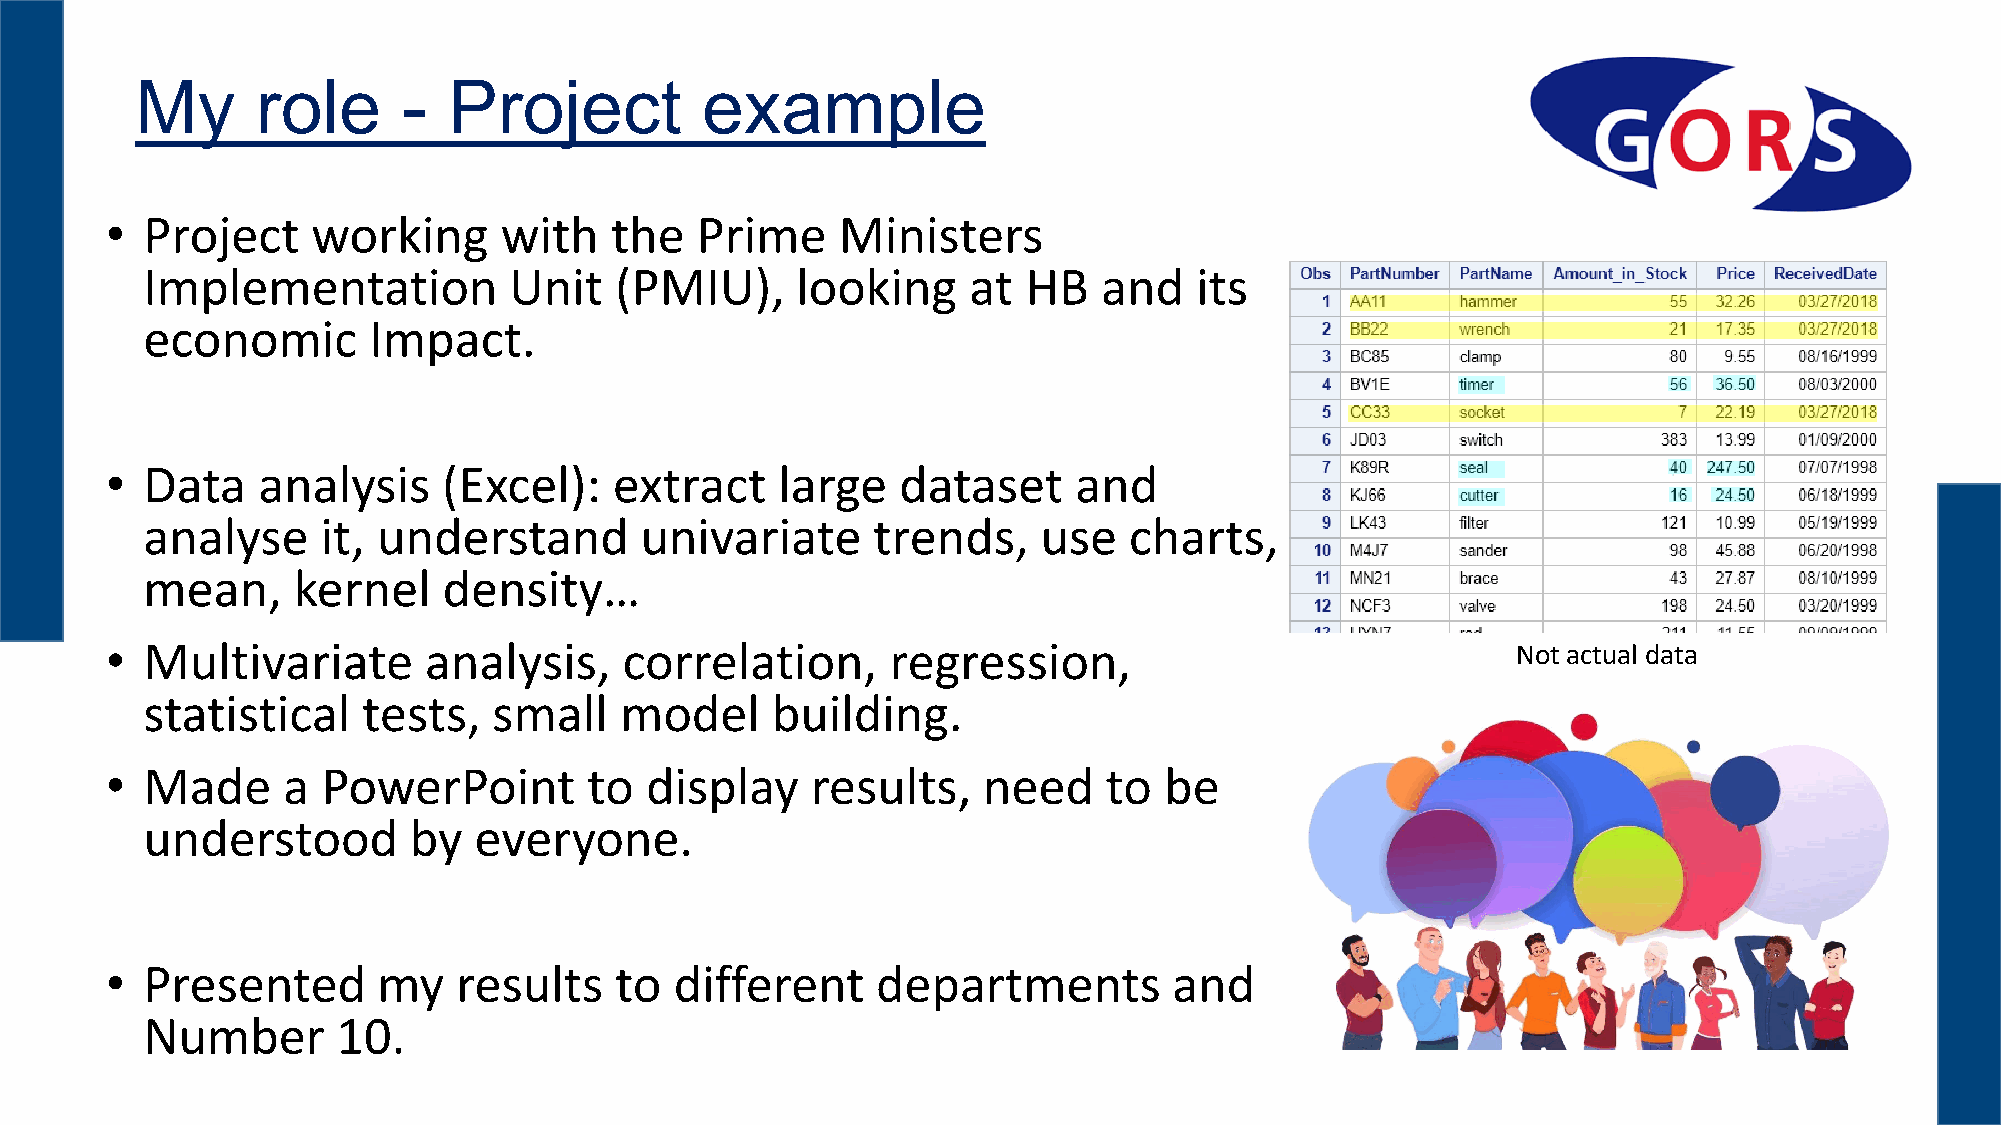
My      role      -  Project         example
 • Project     working     with   the   Prime    Ministers
 Implementation           Unit   (PMIU),     looking    at  HB   and   its
 economic       Impact.
 • Data    analysis    (Excel):    extract    large   dataset    and
 analyse     it, understand       univariate      trends,    use   charts,
 mean,     kernel    density…
 • Multivariate       analysis,    correlation,      regression,                              Not actual data
 statistical    tests,   small   model     building.
 • Made      a PowerPoint        to  display    results,   need    to  be
 understood        by  everyone.
 • Presented       my   results    to  different    departments         and
 Number       10.